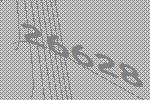
26628